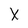
Character: x